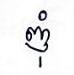
ញុំ